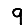
Digit: 9